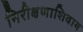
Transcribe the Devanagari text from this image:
निरीक्षणाशिवाय